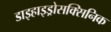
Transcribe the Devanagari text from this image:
डाइहाइड्रोसक्सिनिक